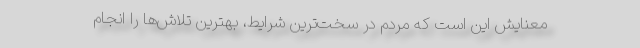
معنایش این است که مردم در سخت‌ترین شرایط، بهترین تلاش‌ها را انجام